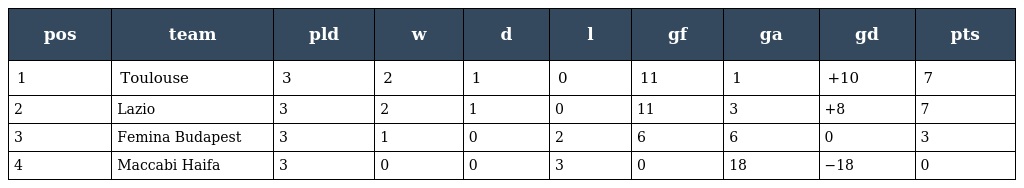
| pos | team | pld | w | d | l | gf | ga | gd | pts |
 | --- | --- | --- | --- | --- | --- | --- | --- | --- | --- |
 | 1 | Toulouse | 3 | 2 | 1 | 0 | 11 | 1 | +10 | 7 |
 | 2 | Lazio | 3 | 2 | 1 | 0 | 11 | 3 | +8 | 7 |
 | 3 | Femina Budapest | 3 | 1 | 0 | 2 | 6 | 6 | 0 | 3 |
 | 4 | Maccabi Haifa | 3 | 0 | 0 | 3 | 0 | 18 | −18 | 0 |